Madras plague regulations and rules for the city of Madras
Disease focus: Plague
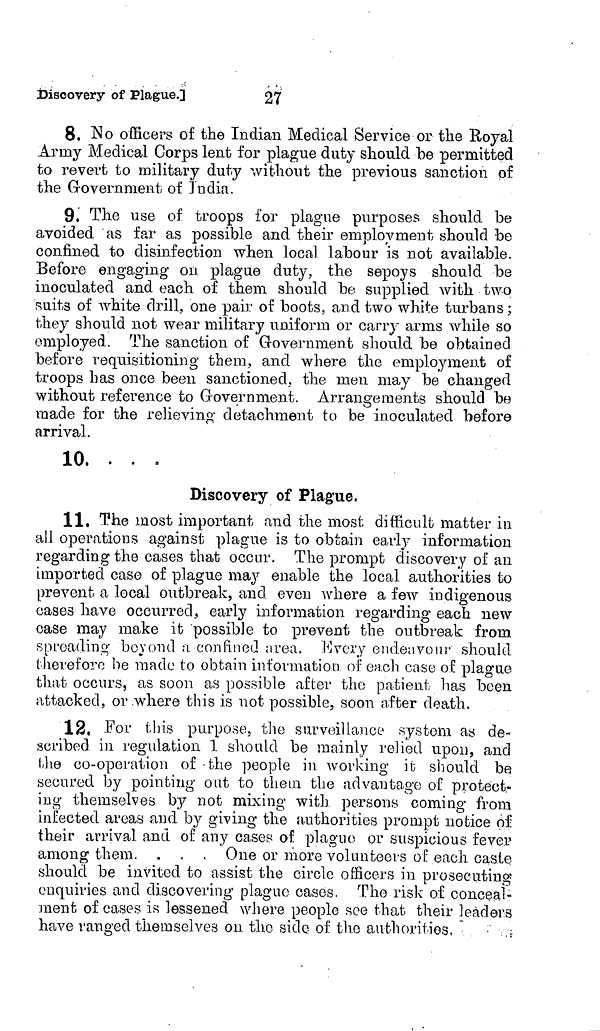
8. No officers of the Indian Medical Service or the Royal
Army Medical Corps lent for plague duty should be permitted
to revert to military duty without the previous sanction of
the Grovernment of India.
9. The use of troops for plague purposes should be
avoided as far as possible and their employment should be
confined to disinfection when local labour is not available.
Before engaging on plague duty, the sepoys should be
inoculated and each of them should be supplied with two
suits of white drill, one pair of boots, and two white turbans;
they should not wear military uniform or carry arms while so
employed. The sanction of Government should be obtained
before requisitioning them, and where the employment of
troops has once been sanctioned, the men may be changed
without reference to Grovernment. Arrangements should be
made for the relieving detachment to be inoculated before
arrival.
10. ...
Discovery of Plague,
11. The most important and the most difficult matter in
all operations against plague is to obtain early information
regarding the cases that occur. The prompt discovery of an
imported case of plague may enable the local authorities to
prevent a local outbreak, and even where a few indigenous
cases have occurred, early information regarding each new
case may make it possible to prevent the outbreak from
spreading beyond a. confined area. Every endeavour should
therefore be made to obtain information of each case of plague
that occurs, as soon as possible after the patient has been
attacked, or where this is not possible, soon after death.
12. For this purpose, the surveillance system as de-
scribed in regulation 1 should be mainly relied upon, and
the co-operation of the people in working it should be
secured by pointing out to them the advantage of protect-
ing themselves by not mixing with persons coming from
infected areas and by giving the authorities prompt notice of
their arrival, and of any cases of plague or suspicious fever
among them. . . . One or more volunteers of each caste
should be invited to assist the circle officers in prosecuting
enquiries and discovering plague cases. The risk of conceal-
ment of cases is lessened where people see that their leaders
have ranged themselves on the side of the
authorities.